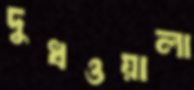
দুধওয়ালা